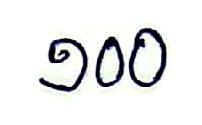
១០០